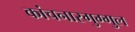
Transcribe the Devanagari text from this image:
कांचनारगुग्गुल